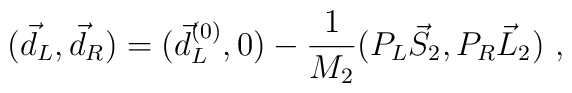
(\vec d_L,\vec d_R)=(\vec d_L^{(0)},0)-{1\over M_2}(P_L\vec S_2, P_R\vec L_2)\ ,